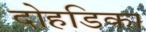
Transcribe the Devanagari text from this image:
दोहडिका